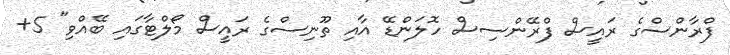
ފްރާންސްގެ ރައީސް ފްރޭންސިސް ހޮލަންޑޭ އާއި ތޫނިސްގެ ރައީސް މޯލްޓާގައި ބޭއްވި" 5+